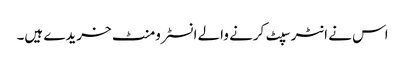
اس نے انٹرسپٹ کرنے والے انسٹرومنٹ خریدے ہیں۔